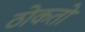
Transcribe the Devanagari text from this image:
ठोकतो